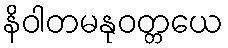
နိဝါတမနုဝတ္တယေ